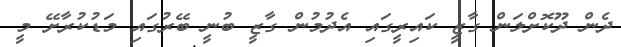
ދެން ދޫކޮށްލަން ގާޒީ ކައިރީގައި އެދުމުން ގާޒީ ބުނީ ބޭރުގައި މަޑުކުރާށޭ މީ